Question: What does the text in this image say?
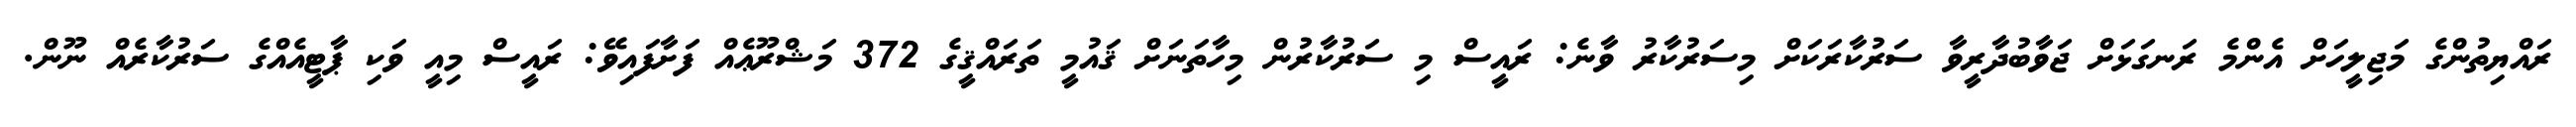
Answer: ރައްޔިތުންގެ މަޖިލީހަށް އެންމެ ރަނގަޅަށް ޖަވާބުދާރީވާ ސަރުކާރަކަށް މިސަރުކާރު ވާނެ: ރައީސް މި ސަރުކާރުން މިހާތަނަށް ޤައުމީ ތަރައްޤީގެ 372 މަޝްރޫޢެއް ފަށާފައިވޭ: ރައީސް މިއީ ވަކި ޕާޓީއެއްގެ ސަރުކާރެއް ނޫން.